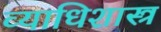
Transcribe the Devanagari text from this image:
व्याधिशास्त्र